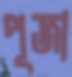
পূজা